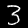
Label: 3